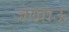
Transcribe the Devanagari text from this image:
जखाऊ